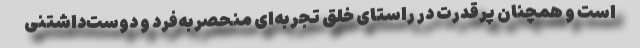
است و همچنان پرقدرت در راستای خلق تجربه‌ای منحصربه‌فرد و دوست‌داشتنی